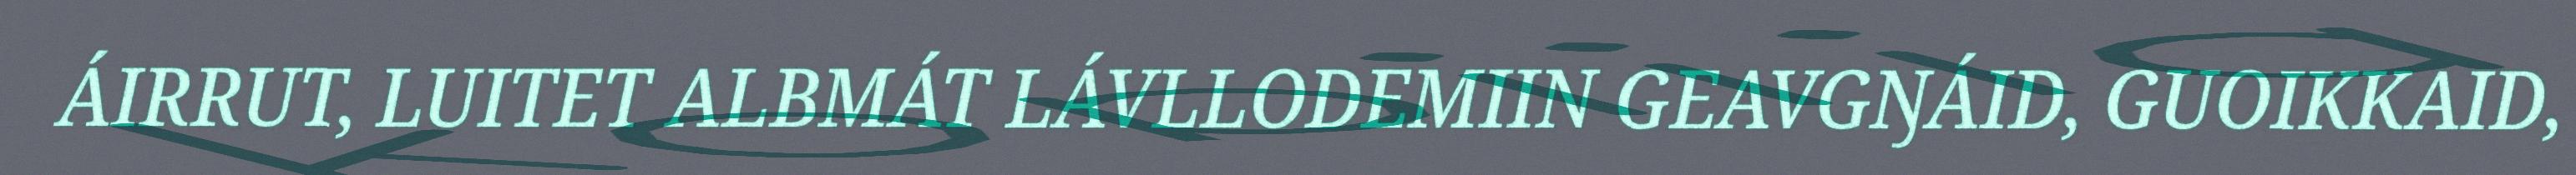
ÁIRRUT, LUITET ALBMÁT LÁVLLODEMIIN GEAVGŊÁID, GUOIKKAID,